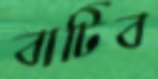
বাটিব